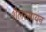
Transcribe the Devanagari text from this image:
शैलरसायन